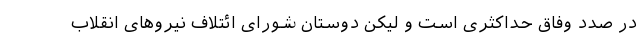
در صدد وفاق حداکثری است و لیکن دوستان شورای ائتلاف نیروهای انقلاب